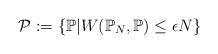
LaTeX: \begin{align*}\mathcal{P}:=\left\{\mathbb{P}|W(\mathbb{P}_N,\mathbb{P})\leq\epsilon N\right\}\end{align*}